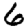
Digit: 6